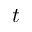
t